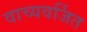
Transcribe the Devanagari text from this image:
वाच्यवर्जित